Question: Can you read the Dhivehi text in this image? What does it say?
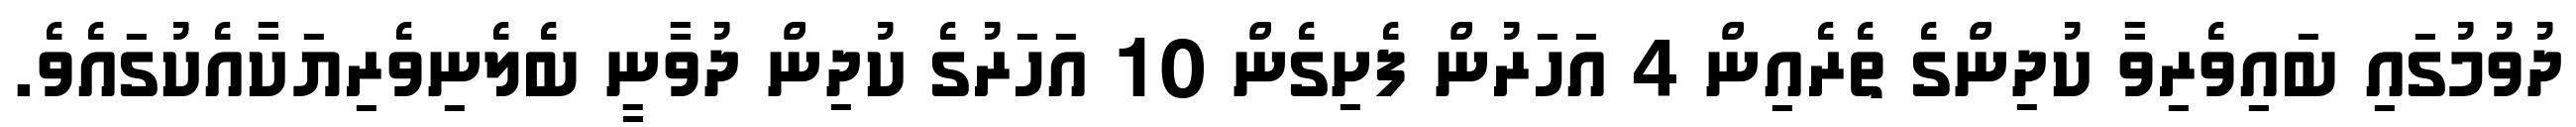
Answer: ދުވުމުގައި ބައިވެރިވާ ކުދިންގެ ތެރެއިން 4 އަހަރުން ފެށިގެން 10 އަހަރުގެ ކުދިން ދުވާނީ ބެލެނިވެރިޔަކާއެކުގައެވެ.